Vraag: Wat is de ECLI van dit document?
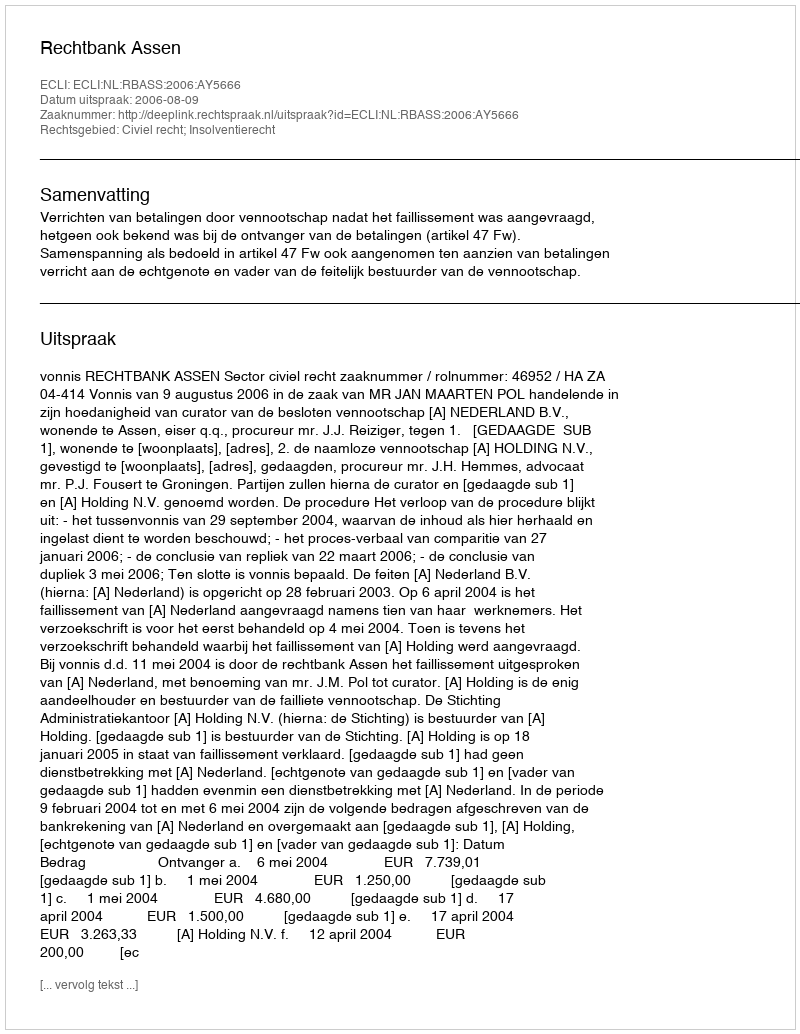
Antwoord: ECLI:NL:RBASS:2006:AY5666